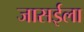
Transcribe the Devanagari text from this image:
जासईला